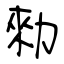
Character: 勑